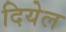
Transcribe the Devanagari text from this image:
दियेल